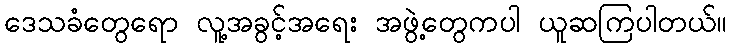
ဒေသခံတွေရော လူ့အခွင့်အရေး အဖွဲ့တွေကပါ ယူဆကြပါတယ်။